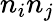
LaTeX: n_{i}n_{j}